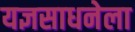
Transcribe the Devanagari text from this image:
यज्ञसाधनेला